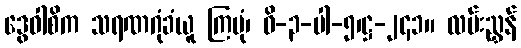
ဒွေဝါစိက သရဏဂုံခံယူ ကြပုံ၊ ဝိ-၃-ပါ-၅၊ဋ္ဌ-၂၄၁။ လမ်းညွှန်